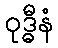
ဝုဒ္ဓီနံ